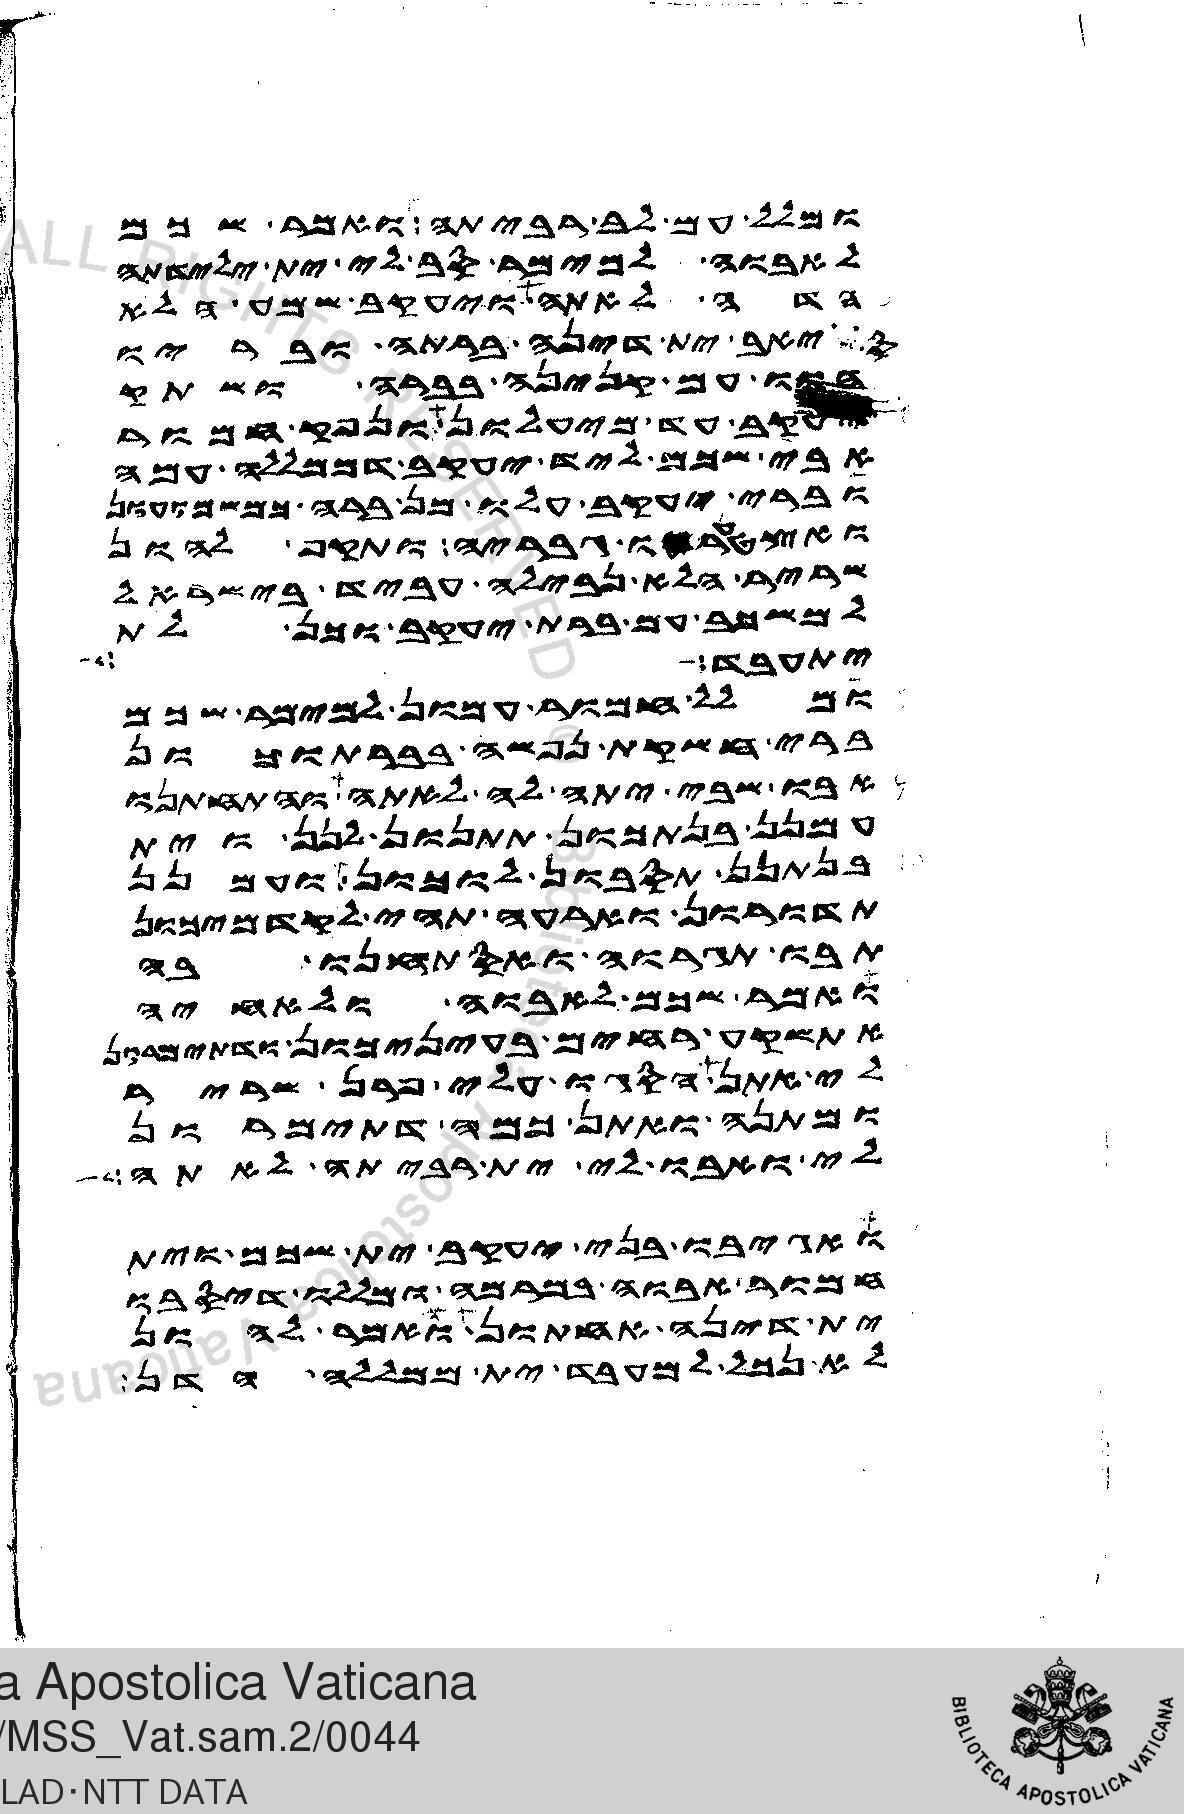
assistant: ומלל עם לב רביתה ואמר שכם
לאבוה למימר סב לי ית ילידתה
הדה לאתה ויעקב שמע הלא
סיאב ית דינה ברתה ובריו
הוו עם קנינה בברה ושתק
יעקב עד מיעלון ונפק חמור
אבי שכם ליד יעקב דממללה עמה
וברי יעקב עלו מן ברה כמשמועון
ואצטערו גבריה ותקף להון
שריר הלא נבילה עביד בישראל
למשכב עם ברת יעקב וכן לת
יתעבד
ומלל חמור עמון למימר שכם
ברי חשקת נפשה בברתוכון
אבו שבי יתה לה לאתה והתחתנו
עמנן בנתכון תתנון לנן וית
בנתנן תסבון לוכון ועמנן
תדורון וארעה תהי לקדמיכון
תבו תגרוה ואסתחנו בה
ואמר שכם לאבוה ולאחיה
אתשקע רחים בעיניכון ודתימרון
לי אתן הסגו עלי פרן שריר
ומתנה ואתן כמה דתימרון
לי ואבו לי ית רביתה לאתה
ואגיבו בני יעקב ית שכם וית
חמור אבוה במרמה ומללו דיסבו
ית דינה אחתון ואמר להון
לא נכל למעבד ית ממללה הדן